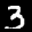
Label: 3